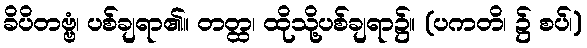
ခိပိတဗ္ဗံ၊ ပစ်ချရာ၏။ တတ္ထ၊ ထိုသို့ပစ်ချရာ၌။ (ပကတိ၊ ၌ စပ်၊)